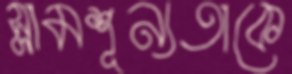
স্লামশূন্যতাকে